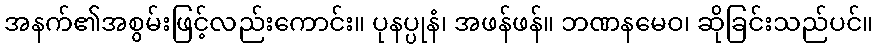
အနက်၏အစွမ်းဖြင့်လည်းကောင်း။ ပုနပ္ပုနံ၊ အဖန်ဖန်။ ဘဏနမေဝ၊ ဆိုခြင်းသည်ပင်။